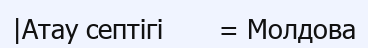
|Атау септігі       = Молдова